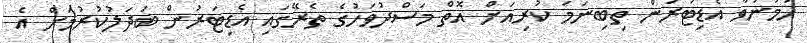
ހަމަނުވާ އެޑިޓަރުން ތިބިނަމަ ކުރިއަށް އޮތް މަސްދުވަހުގެ ތެރޭގައި އެޑިޓަރުން ބަދަލުކުރުމަށް އެ